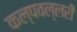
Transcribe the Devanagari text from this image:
कल्पवल्लरी